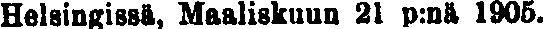
Helsingissä, Maaliskuun 21 p:nä 1905.